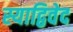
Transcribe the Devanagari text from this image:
स्याद्विवेद